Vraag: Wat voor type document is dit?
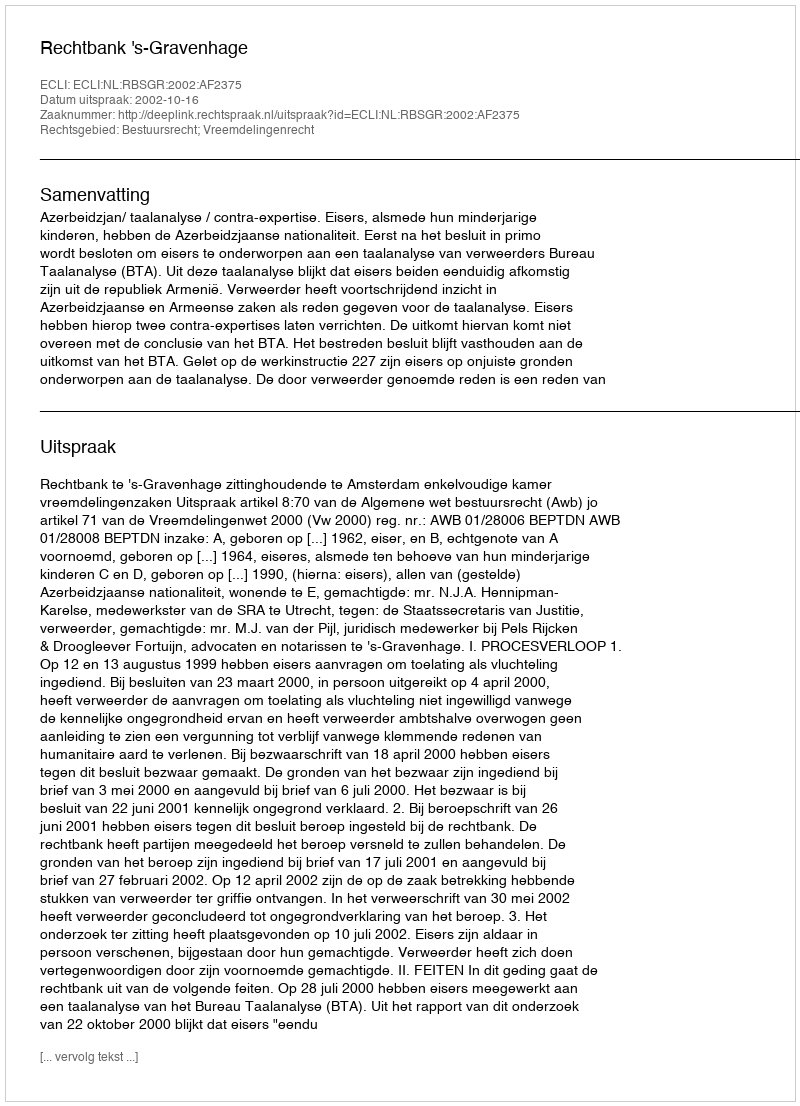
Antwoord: Uitspraak